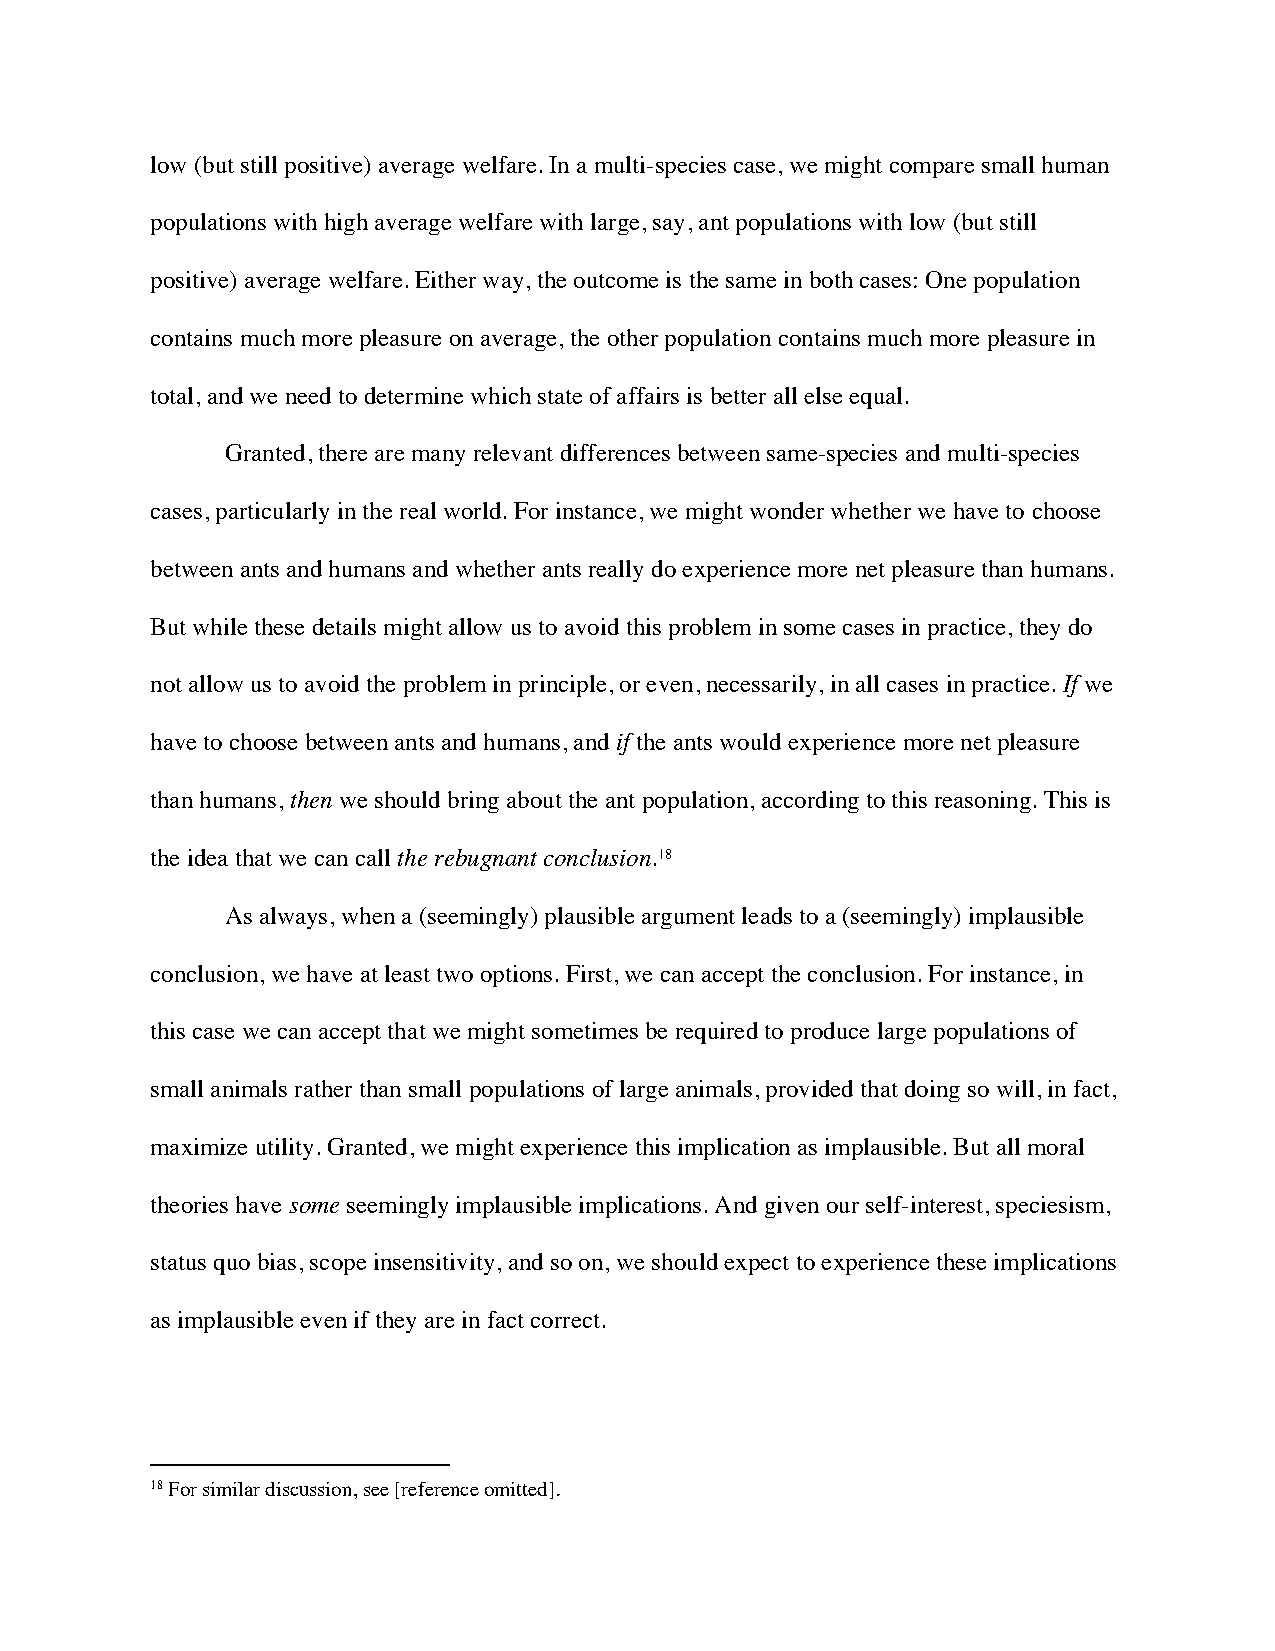
low (but still positive) average welfare. In a multi-species case, we might compare small human
 populations with high average welfare with large, say, ant populations with low (but still
 positive) average welfare. Either way, the outcome is the same in both cases: One population
 contains much more pleasure on average, the other population contains much more pleasure in
 total, and we need to determine which state of affairs is better all else equal.
 Granted, there are many relevant differences between same-species and multi-species
 cases, particularly in the real world. For instance, we might wonder whether we have to choose
 between ants and humans and whether ants really do experience more net pleasure than humans.
 But while these details might allow us to avoid this problem in some cases in practice, they do
 not allow us to avoid the problem in principle, or even, necessarily, in all cases in practice. If we
 have to choose between ants and humans, and if the ants would experience more net pleasure
 than humans, then we should bring about the ant population, according to this reasoning. This is
 the idea that we can call the rebugnant conclusion.18
 As always, when a (seemingly) plausible argument leads to a (seemingly) implausible
 conclusion, we have at least two options. First, we can accept the conclusion. For instance, in
 this case we can accept that we might sometimes be required to produce large populations of
 small animals rather than small populations of large animals, provided that doing so will, in fact,
 maximize utility. Granted, we might experience this implication as implausible. But all moral
 theories have some seemingly implausible implications. And given our self-interest, speciesism,
 status quo bias, scope insensitivity, and so on, we should expect to experience these implications
 as implausible even if they are in fact correct.
 18 For similar discussion, see [reference omitted].